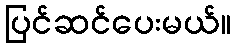
ပြင်ဆင်ပေးမယ်။